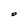
Character: O